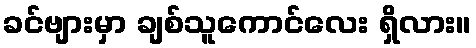
ခင်ဗျားမှာ ချစ်သူကောင်လေး ရှိလား။